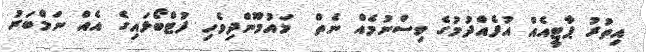
އިތުރު ޕާޓީއެއް އުފެއްދުމުގެ ވިސްނުމެއް ނެތް  މައުމޫންދިވެހި ފުޓްބޯޅައިގެ އެއް ނަމްބަރު